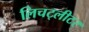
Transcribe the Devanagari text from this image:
लिचट्लीटर